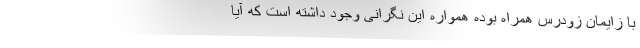
با زایمان زودرس همراه بوده همواره این نگرانی وجود داشته است که آیا